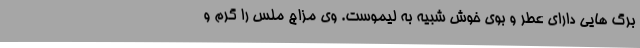
برگ هایی دارای عطر و بوی خوش شبیه به لیموست. وی مزاج ملس را گرم و